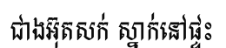
ជាងអ៊ុតសក់ ស្នាក់នៅផ្ទះ